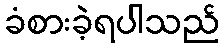
ခံစားခဲ့ရပါသည်